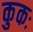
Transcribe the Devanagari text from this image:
कुकः